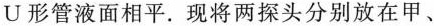
U形管液面相平。现将两探头分别放在甲、